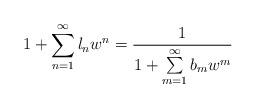
LaTeX: \begin{gather*} 1+\sum\limits_{n=1}^{\infty}l_nw^n =\frac{1}{1+\sum\limits_{m=1}^{\infty}b_mw^{m}}\end{gather*}